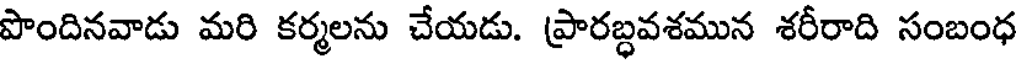
పొందినవాడు మరి కర్మలను చేయడు. ప్రారబ్ధవశమున శరీరాది సంబంధ